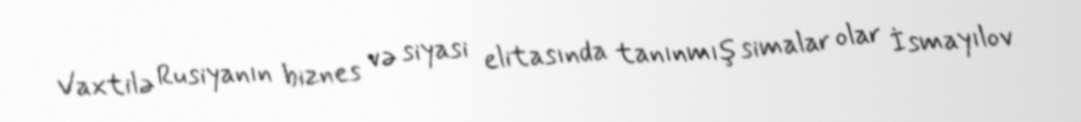
Vaxtilə Rusiyanın biznes və siyasi elitasında tanınmış simalar olar İsmayılov